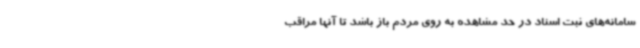
سامانه‌های ثبت اسناد در حد مشاهده به روی مردم باز باشد تا آنها مراقب